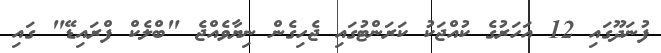
ފުނަދޫގައި 12 އަހަރުގެ ކުއްޖަކު ކަރަންޓުގައި ޖެހިގެން ނިޔާވެއްޖެ "ބްލެކް ފްރައިޑޭ" ގައި